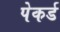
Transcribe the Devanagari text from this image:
पेकर्ड